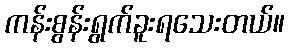
ကန်းစွန်းရွက်ခူးရသေးတယ်။